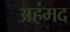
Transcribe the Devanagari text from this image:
अहंमद